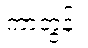
ကာတွန်း